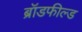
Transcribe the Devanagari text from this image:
ब्रॉडफील्ड